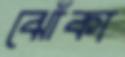
ঝোঁকা